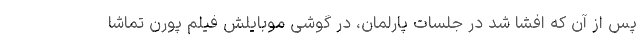
پس از آن که افشا شد در جلسات پارلمان، در گوشی موبایلش فیلم پورن تماشا